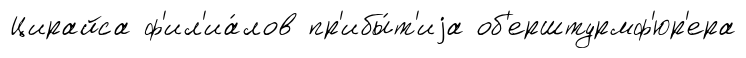
Цирайса ф'ил'иа́лов пр'ибы́т'иjа об'ерштурмф'юр'ера